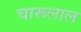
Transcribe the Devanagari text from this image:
चारूलाल